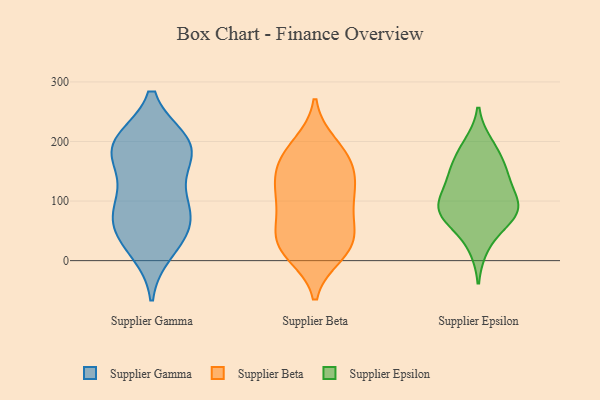
{"axis": {"x": "Active Users", "y": "Value"}, "legend": ["Supplier Beta", "Supplier Epsilon", "Supplier Gamma"], "data": [{"x": "", "y": 99, "type": "Supplier Gamma"}, {"x": "", "y": 153, "type": "Supplier Gamma"}, {"x": "", "y": 183, "type": "Supplier Gamma"}, {"x": "", "y": 175, "type": "Supplier Gamma"}, {"x": "", "y": 73, "type": "Supplier Gamma"}, {"x": "", "y": 85, "type": "Supplier Gamma"}, {"x": "", "y": 56, "type": "Supplier Gamma"}, {"x": "", "y": 49, "type": "Supplier Gamma"}, {"x": "", "y": 200, "type": "Supplier Gamma"}, {"x": "", "y": 199, "type": "Supplier Gamma"}, {"x": "", "y": 17, "type": "Supplier Gamma"}, {"x": "", "y": 100, "type": "Supplier Gamma"}, {"x": "", "y": 198, "type": "Supplier Gamma"}, {"x": "", "y": 197, "type": "Supplier Gamma"}, {"x": "", "y": 31, "type": "Supplier Gamma"}, {"x": "", "y": 160, "type": "Supplier Beta"}, {"x": "", "y": 196, "type": "Supplier Beta"}, {"x": "", "y": 114, "type": "Supplier Beta"}, {"x": "", "y": 30, "type": "Supplier Beta"}, {"x": "", "y": 107, "type": "Supplier Beta"}, {"x": "", "y": 130, "type": "Supplier Beta"}, {"x": "", "y": 18, "type": "Supplier Beta"}, {"x": "", "y": 15, "type": "Supplier Beta"}, {"x": "", "y": 164, "type": "Supplier Beta"}, {"x": "", "y": 10, "type": "Supplier Beta"}, {"x": "", "y": 43, "type": "Supplier Beta"}, {"x": "", "y": 83, "type": "Supplier Beta"}, {"x": "", "y": 58, "type": "Supplier Beta"}, {"x": "", "y": 167, "type": "Supplier Beta"}, {"x": "", "y": 97, "type": "Supplier Beta"}, {"x": "", "y": 190, "type": "Supplier Beta"}, {"x": "", "y": 138, "type": "Supplier Beta"}, {"x": "", "y": 40, "type": "Supplier Beta"}, {"x": "", "y": 102, "type": "Supplier Epsilon"}, {"x": "", "y": 194, "type": "Supplier Epsilon"}, {"x": "", "y": 79, "type": "Supplier Epsilon"}, {"x": "", "y": 68, "type": "Supplier Epsilon"}, {"x": "", "y": 146, "type": "Supplier Epsilon"}, {"x": "", "y": 88, "type": "Supplier Epsilon"}, {"x": "", "y": 112, "type": "Supplier Epsilon"}, {"x": "", "y": 144, "type": "Supplier Epsilon"}, {"x": "", "y": 151, "type": "Supplier Epsilon"}, {"x": "", "y": 81, "type": "Supplier Epsilon"}, {"x": "", "y": 184, "type": "Supplier Epsilon"}, {"x": "", "y": 79, "type": "Supplier Epsilon"}, {"x": "", "y": 24, "type": "Supplier Epsilon"}]}